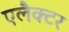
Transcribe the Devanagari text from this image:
एलैक्टर